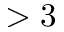
> 3